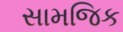
સામજિક